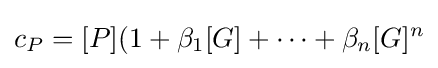
c_{P}=[P](1+\beta _{1}[G]+\dots +\beta _{n}[G]^{n}